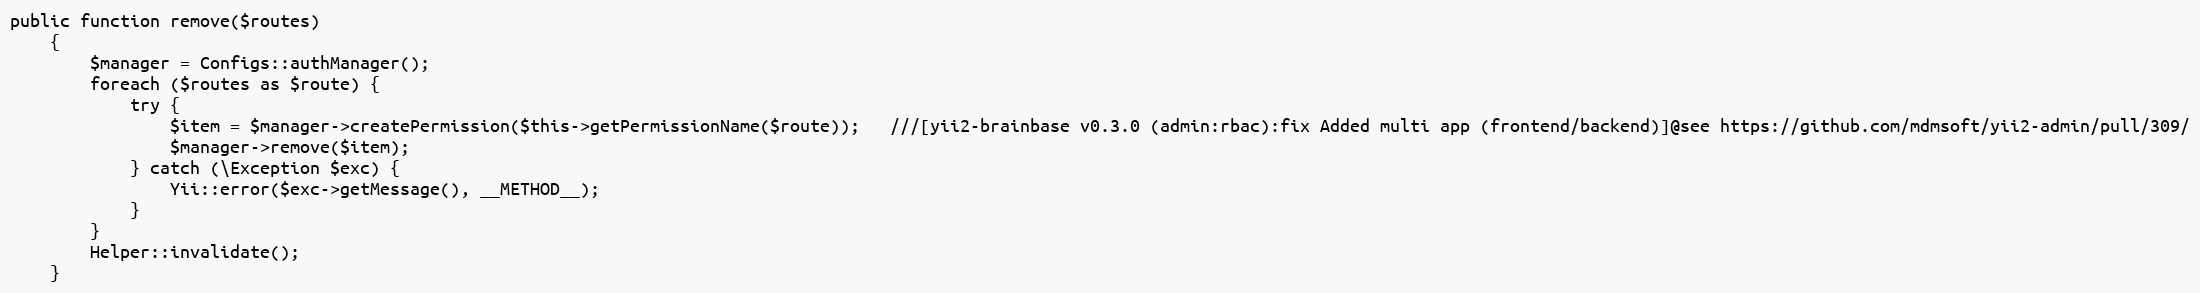
Language: PHP
public function remove($routes)
    {
        $manager = Configs::authManager();
        foreach ($routes as $route) {
            try {
                $item = $manager->createPermission($this->getPermissionName($route));   ///[yii2-brainbase v0.3.0 (admin:rbac):fix Added multi app (frontend/backend)]@see https://github.com/mdmsoft/yii2-admin/pull/309/
                $manager->remove($item);
            } catch (\Exception $exc) {
                Yii::error($exc->getMessage(), __METHOD__);
            }
        }
        Helper::invalidate();
    }